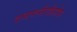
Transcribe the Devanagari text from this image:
दासपत्नीरहिगोपा